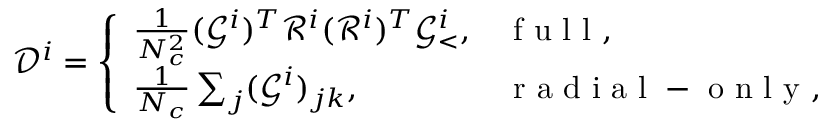
\mathcal { D } ^ { i } = \left\{ \begin{array} { l l } { \frac { 1 } { N _ { c } ^ { 2 } } ( \mathcal { G } ^ { i } ) ^ { T } \mathcal { R } ^ { i } ( \mathcal { R } ^ { i } ) ^ { T } \mathcal { G } _ { < } ^ { i } , } & { \mathrm { ~ f ~ u ~ l ~ l ~ } , } \\ { \frac { 1 } { N _ { c } } \sum _ { j } ( \mathcal { G } ^ { i } ) _ { j k } , } & { \mathrm { ~ r ~ a ~ d ~ i ~ a ~ l ~ - ~ o ~ n ~ l ~ y ~ } , } \end{array} \right.